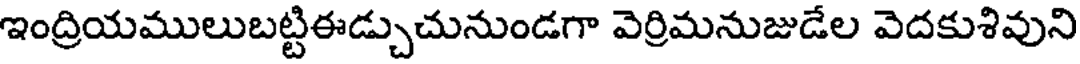
ఇంద్రియములుబట్టిఈడ్చుచునుండగా వెర్రిమనుజుడేల వెదకుశివుని